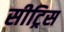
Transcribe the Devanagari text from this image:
सीट्रिस